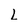
Character: L